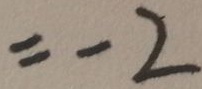
= - 2